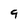
Character: 9